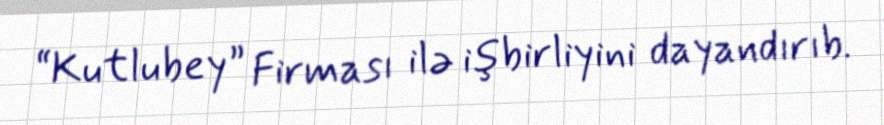
“Kutlubey” Firması ilə işbirliyini dayandırıb.